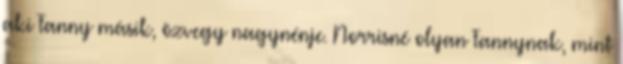
aki Fanny másik, özvegy nagynénje. Norrisné olyan Fannynak, mint